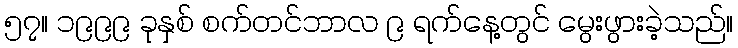
၅၇။ ၁၉၉၉ ခုနှစ် စက်တင်ဘာလ ၉ ရက်နေ့တွင် မွေးဖွားခဲ့သည်။